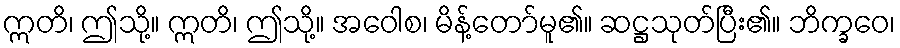
ဣတိ၊ ဤသို့။ ဣတိ၊ ဤသို့။ အဝေါစ၊ မိန့်တော်မူ၏။ ဆဋ္ဌသုတ်ပြီး၏။ ဘိက္ခဝေ၊